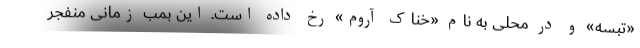
«تبسه» و در محلی به نام «خناک آروم» رخ داده است. این بمب زمانی منفجر